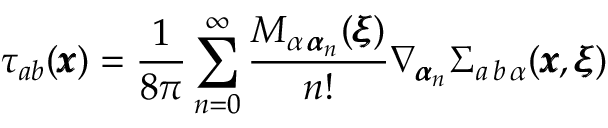
\tau _ { a b } ( { \pmb x } ) = \frac { 1 } { 8 \pi } \sum _ { n = 0 } ^ { \infty } \frac { M _ { \alpha \, { \pmb \alpha } _ { n } } ( { \pmb \xi } ) } { n ! } \nabla _ { { \pmb \alpha } _ { n } } \Sigma _ { a \, b \, \alpha } ( { \pmb x } , { \pmb \xi } )